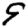
Digit: 9